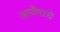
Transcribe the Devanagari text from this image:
आर्येमध्ये